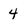
Character: 4